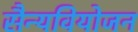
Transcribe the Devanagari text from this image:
सैन्यवियोजन